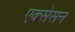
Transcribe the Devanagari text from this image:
एक्सेसन